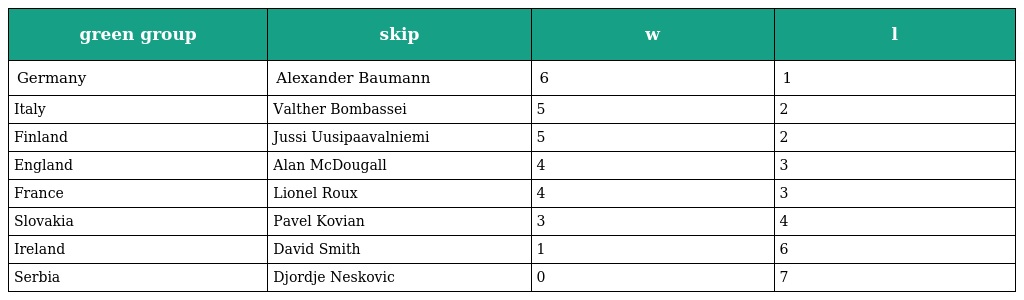
| green group | skip | w | l |
 | --- | --- | --- | --- |
 | Germany | Alexander Baumann | 6 | 1 |
 | Italy | Valther Bombassei | 5 | 2 |
 | Finland | Jussi Uusipaavalniemi | 5 | 2 |
 | England | Alan McDougall | 4 | 3 |
 | France | Lionel Roux | 4 | 3 |
 | Slovakia | Pavel Kovian | 3 | 4 |
 | Ireland | David Smith | 1 | 6 |
 | Serbia | Djordje Neskovic | 0 | 7 |